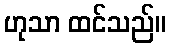
ဟုသာ ထင်သည်။